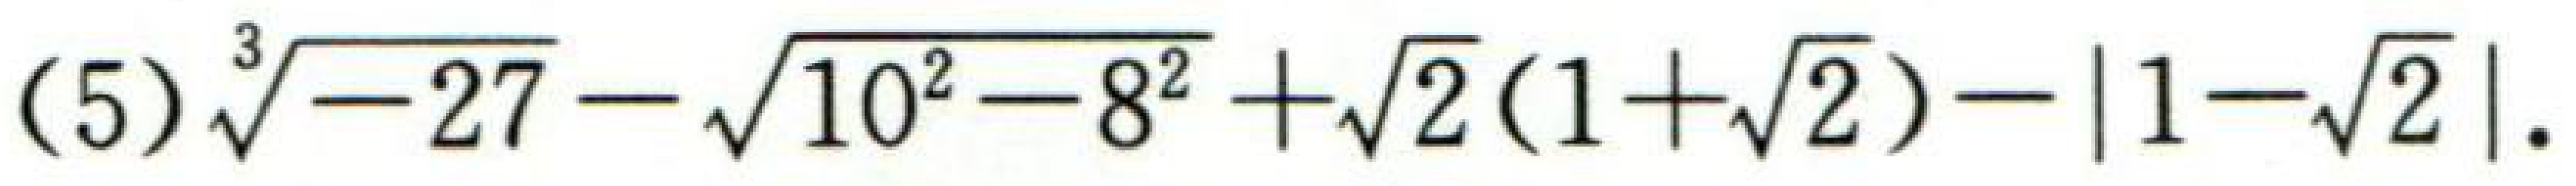
$(5)\sqrt[3]{-27}-\sqrt{10^{2}-8^{2}}+\sqrt{2}(1 + \sqrt{2})-|1-\sqrt{2}|$